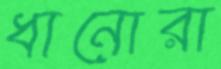
ধানোরা